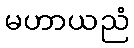
မဟာယညံ